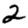
Digit: 2